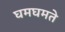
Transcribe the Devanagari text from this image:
घमघमते